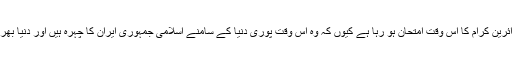
امام خمینی(رہ) اپنے ایک دوسرے بیان فرماتے ہیں زائرین کرام کا اس وقت امتحان ہو رہا ہے کیوں کہ وہ اس وقت پوری دنیا کے سامنے اسلامی جمہوری ایران کا چہرہ ہیں اور دنیا بھر سے آئی ہوئی لاکھوں نگاہوں کا مرکز بنے ہوے ہیں۔